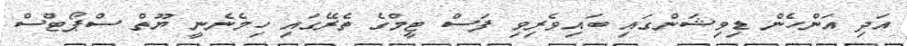
އަދި އަންހެން ޑިވިޝަންގައި ބައިވެރިވި ފަސް ޓީމްގެ ތެރޭގައި ހިމެނެނީ ޔޫތް ސްޕޯޓްސް